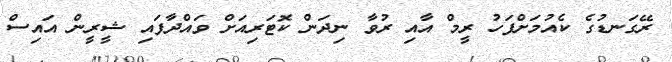
ރޭގަނޑުގެ ކެއުމަށްފަހު ރީމް އާއި ރުވާ ނިދަން ކޮޓަރިއަށް ވައްދާފައި ޝީރީން އައިސް